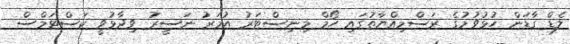
ލެޑް ގާޑަން ހުޅުވުމުގެ ރަސްމިއްޔާތުގައި ހޯމް މިނިސްޓަރު އުމަރު ނަސީރު ވިދާޅުވީ ކަސްޓަމްސް